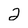
Character: 2